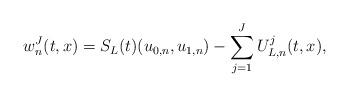
LaTeX: \begin{align*}w^J_n(t,x) = S_L(t)(u_{0,n},u_{1,n}) - \sum_{j = 1}^J U^j_{L,n}(t,x), \end{align*}